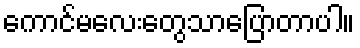
ကောင်မလေးတွေသာပြောတာပါ။